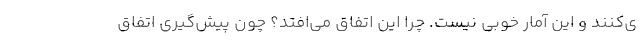
ی‌کنند و این آمار خوبی نیست. چرا این اتفاق می‌افتد؟ چون پیش‌گیری اتفاق